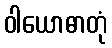
ဝါယောဓာတုံ